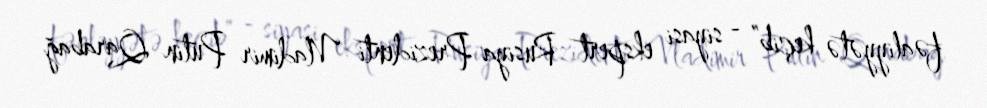
fəaliyyətə keçib” - siyasi ekspert Rusiya Prezidenti Vladimir Putin Qarabağ